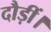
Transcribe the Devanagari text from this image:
दौड़ीं।